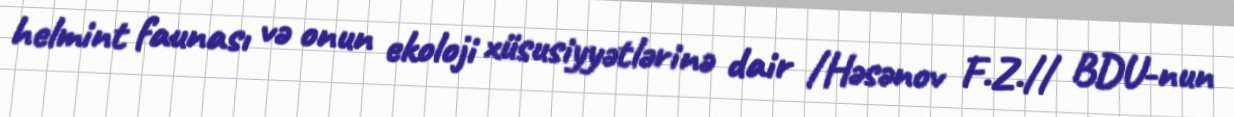
helmint faunası və onun ekoloji xüsusiyyətlərinə dair /Həsənov F.Z.// BDU-nun